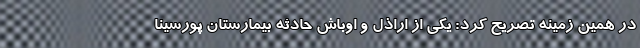
در همین زمینه تصریح کرد: یکی از اراذل و اوباش حادثه بیمارستان پورسینا